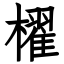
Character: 櫂